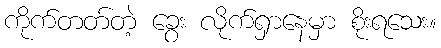
ကိုက်တတ်တဲ့ ခွေး လိုက်ရှာနေမှာ စိုးရသေး။